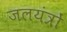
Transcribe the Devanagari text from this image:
जलयंत्रों